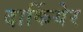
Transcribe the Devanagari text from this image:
दार्कियेर